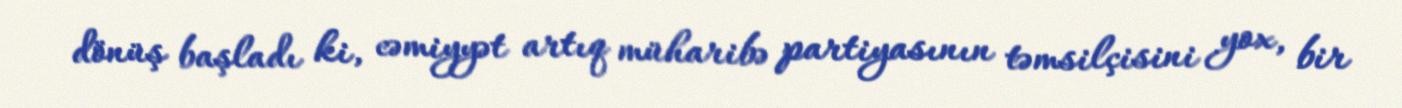
dönüş başladı ki, cəmiyyət artıq müharibə partiyasının təmsilçisini yox, bir